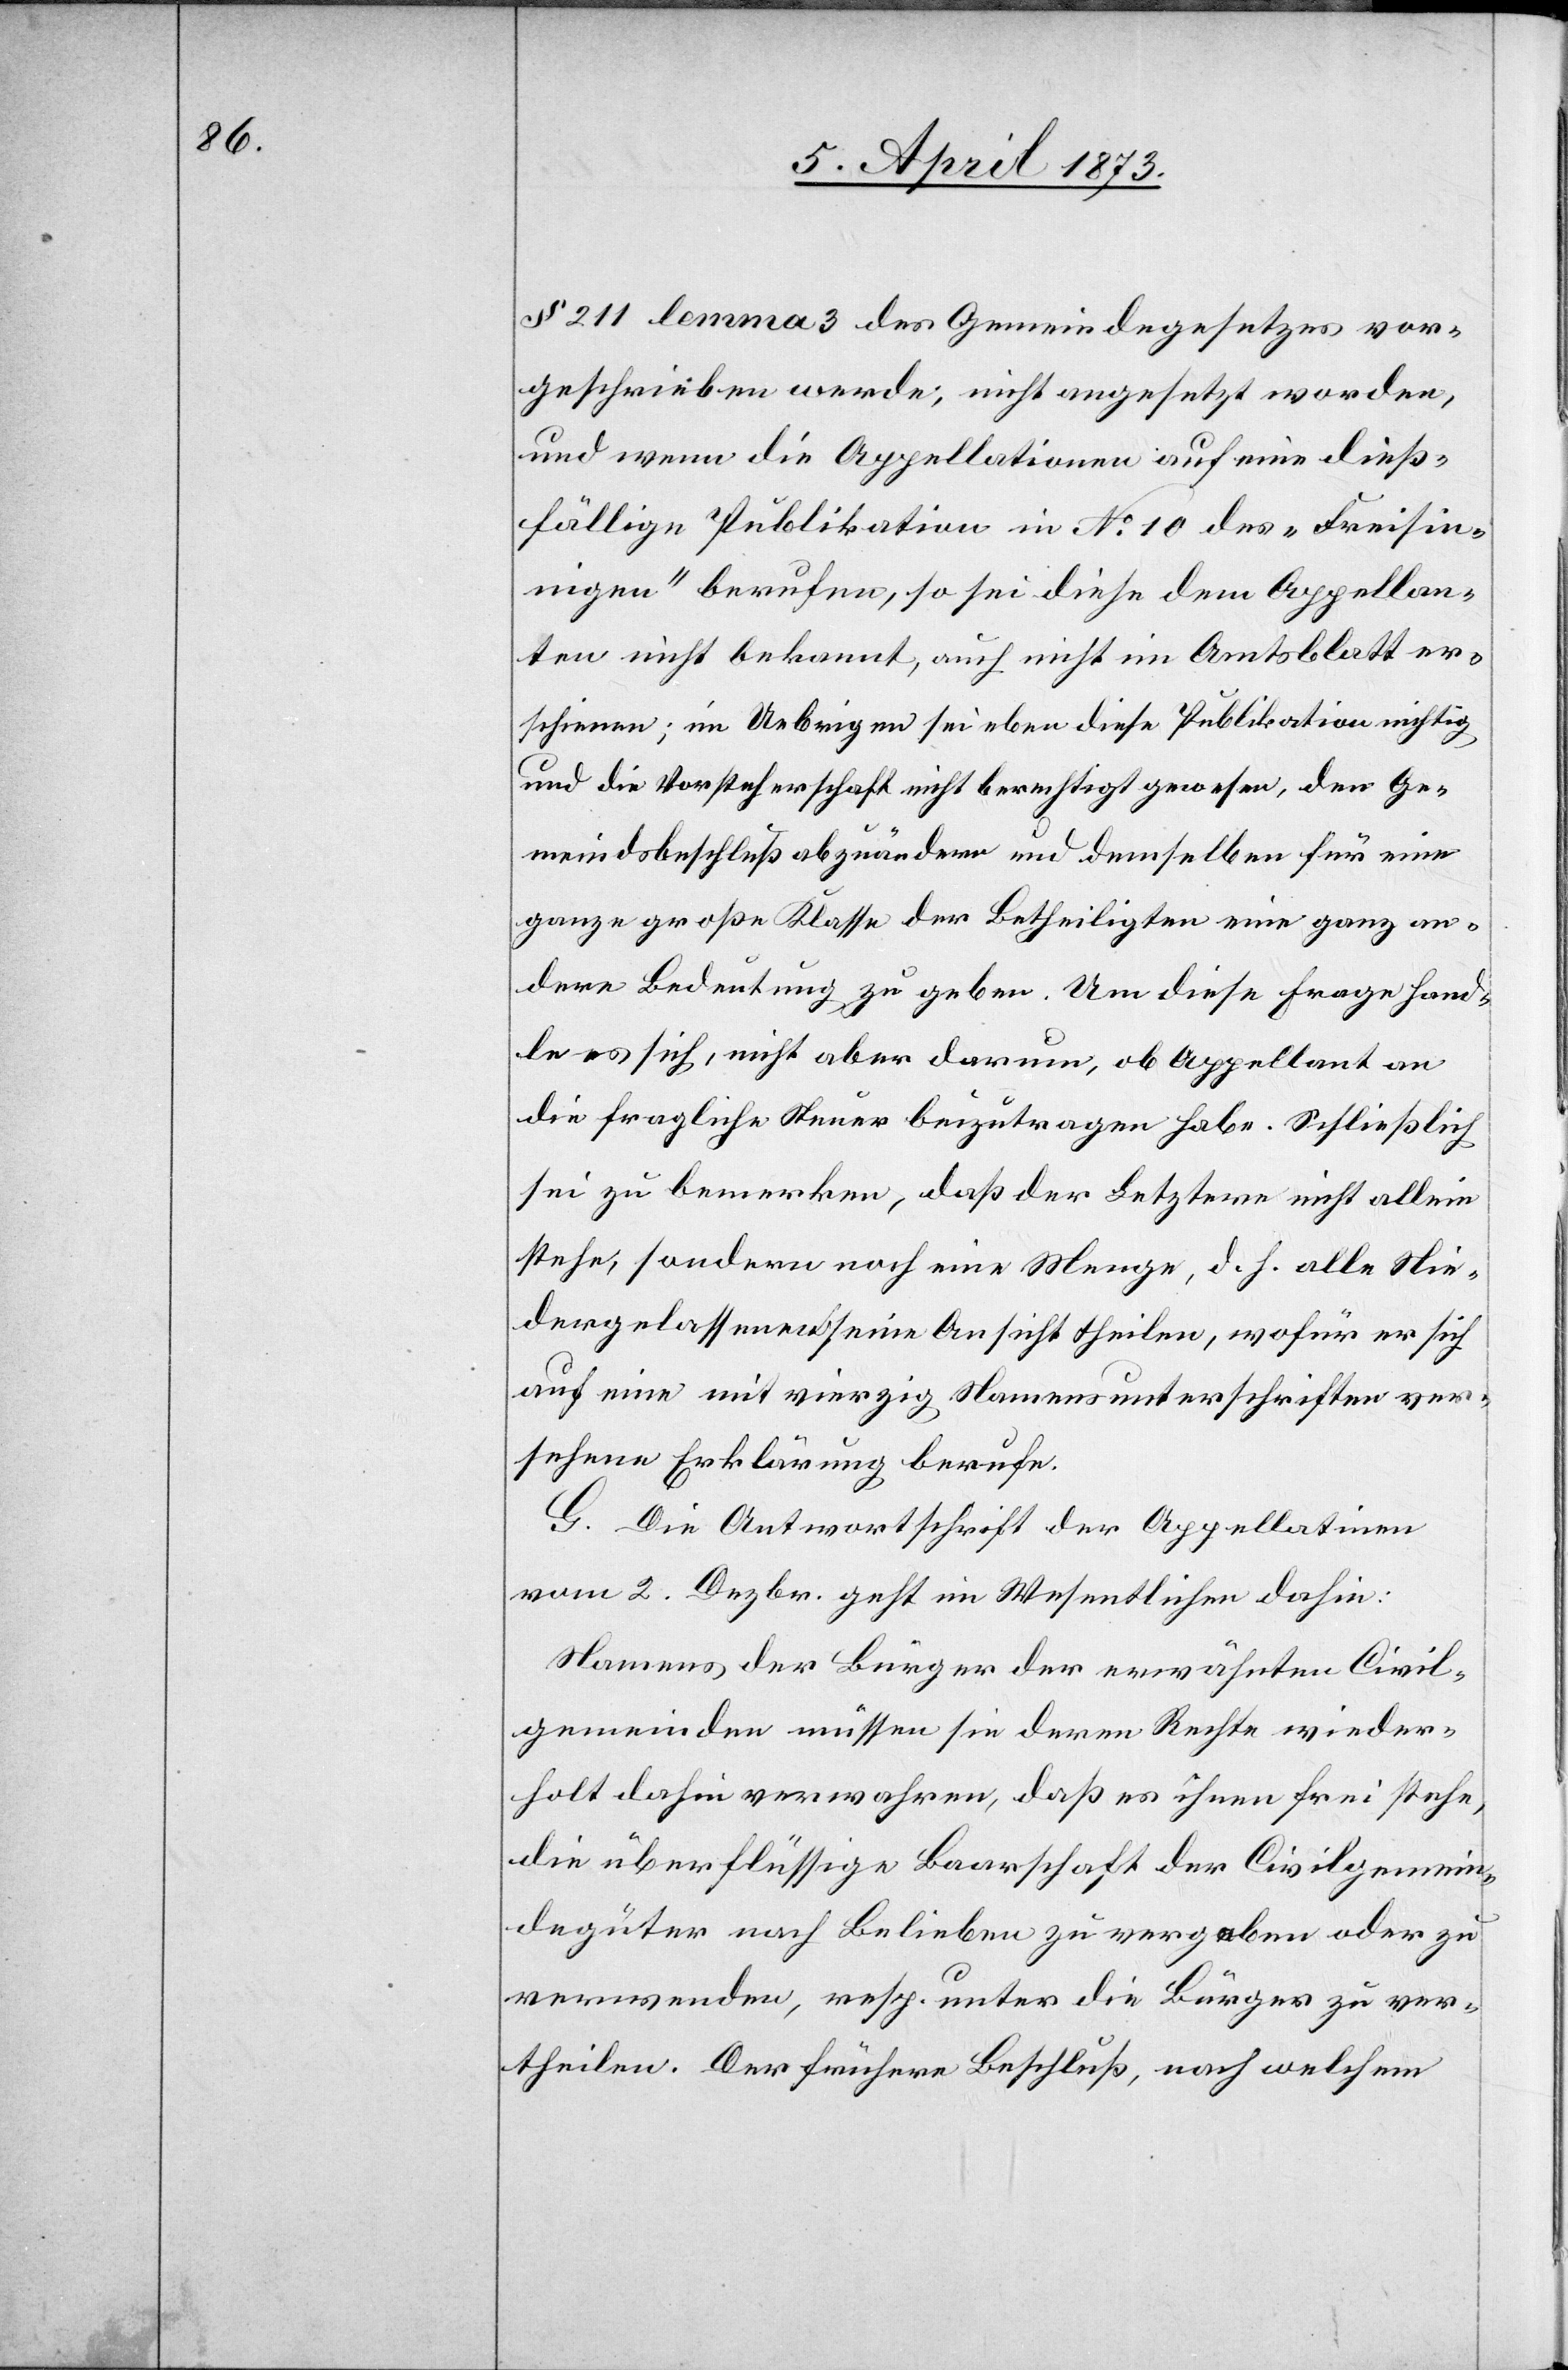
§ 211 lemma 3 des Gemeindegesetzes vor¬
geschrieben werde, nicht angesetzt worden,
und wenn die Appellationen auf eine dieß¬
fällige Publikation in No. 10 des „Freisin¬
nigen“ berufen, so sei diese dem Appellan¬
ten nicht bekannt, auch nicht im Amtsblatt er¬
schienen; im Uebrigen sei eben diese Publikation nichtig
und die Vorsteherschaft nicht berechtigt gewesen, den Ge¬
meindsbeschluß abzuändern und demselben für eine
ganze große Klasse der Betheiligten eine ganz an¬
dere Bedeutung zu geben. Um diese Frage hand¬
le es sich, nicht aber darum, ob Appellant an
die fragliche Steuer beizutragen habe. Schließlich
sei zu bemerken, daß der Letztere nicht allein
stehe, sondern noch eine Menge, d. h. alle Nie¬
dergelassenen seine Ansicht theilen, wofür er sich
auf eine mit vierzig Namensunterschriften ver¬
sehene Erklärung berufe.
G. Die Antwortschrift der Appellatin[n]en
vom 2. Dezbr. geht im Wesentlichen dahin:
Namens der Bürger der erwähnten Civil¬
gemeinden müssen sie deren Rechte wieder¬
holt dahin verwahren, daß es ihnen frei stehe,
die überflüssige Baarschaft der Civilgemein¬
degüter nach Belieben zu vergeben oder zu
verwenden, resp. unter die Bürger zu ver¬
theilen. Der frühere Beschluß, nach welchem